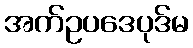
အက်ဥပဒေပုဒ်မ